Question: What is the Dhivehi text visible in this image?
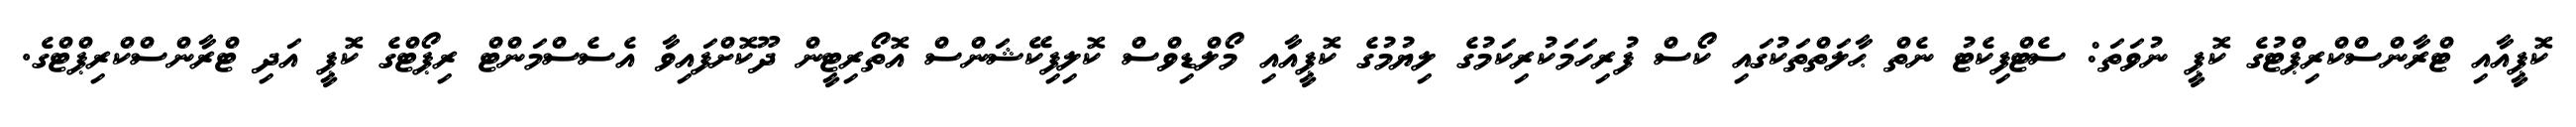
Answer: ކޮޕީއާއި ޓްރާންސްކްރިޕްޓުގެ ކޮޕީ ނުވަތަ: ސެޓްފިކެޓު ނެތް ޙާލަތްތަކުގައި ކޯސް ފުރިހަމަކުރިކަމުގެ ލިޔުމުގެ ކޮޕީއާއި މޯލްޑިވްސް ކޮލިފިކޭޝަންސް އޮތޯރިޓީން ދޫކޮށްފައިވާ އެސެސްމަންޓް ރިޕޯޓްގެ ކޮޕީ އަދި ޓްރާންސްކްރިޕްޓްގެ.